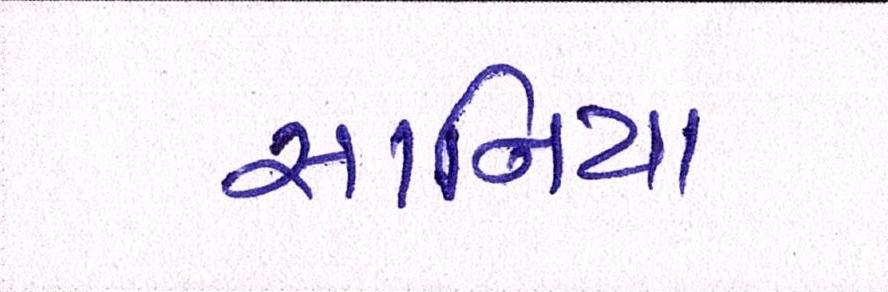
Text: સાનિયા